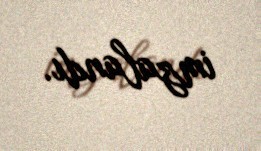
imzalandı.